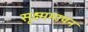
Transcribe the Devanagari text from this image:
सूक्ष्ममापन